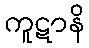
ကူဋာနိ